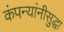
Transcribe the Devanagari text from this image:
कंपन्यांनीसुद्धा